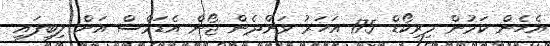
އެހެން ކަމުން މިރިކޯޑް 175 އަހަރު ވަންދެން ޖޯން އެޑަމްސް އަށް ލިބިފައި